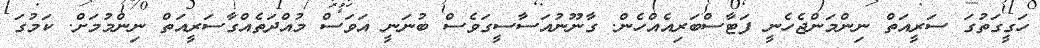
ހަގީގަތުގަ ސަރީއަތް ނިންމަންޖެހެނީ ފަޓާސްބަރިއެއްހެން. ގާނޫނުއަސާސީގަވެސް ބުނަނީ އަވަސް މުއްދަތެއްގާސަރީއަތް ނިންމުމަށް. ކަމުގަ